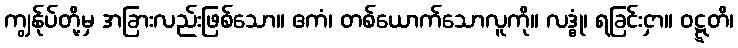
ကျွန်ုပ်တို့မှ အခြားလည်းဖြစ်သော။ ဧကံ၊ တစ်ယောက်သောလူကို။ လဒ္ဓုံ၊ ရခြင်းငှာ။ ဝဋ္ဋတိ၊